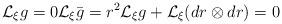
LaTeX: \begin{align*}\mathcal L_\xi g=0 \mathcal L_\xi \bar g=r^2\mathcal L_\xi g+\mathcal L_\xi(dr\otimes dr)=0\end{align*}